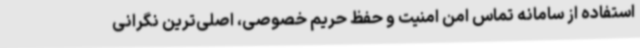
استفاده از سامانه تماس امن امنیت و حفظ حریم خصوصی، اصلی‌ترین نگرانی‌